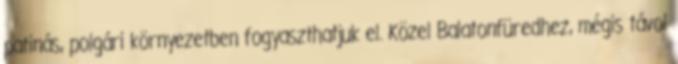
patinás, polgári környezetben fogyaszthatjuk el. Közel Balatonfüredhez, mégis távol